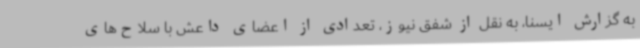
به گزارش ایسنا، به نقل از شفق نیوز، تعدادی از اعضای داعش با سلاح‌های